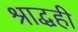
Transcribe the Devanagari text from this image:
श्राद्धही